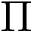
\Pi